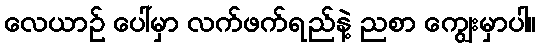
လေယာဉ် ပေါ်မှာ လက်ဖက်ရည်နဲ့ ညစာ ကျွေးမှာပါ။